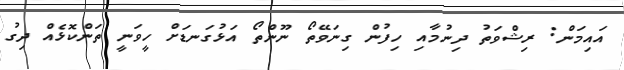
އައިމަން: ރިޝްވަތު ދިނުމާއި ހިފުން ގިނަވޭތޯ ނޫންތޯ އަޅުގަނޑަށް ހީވަނީ ތަންކޮޅެއް ދިގު